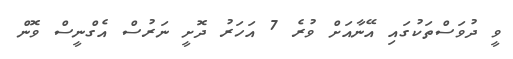
ވީ ދުވަސްތަކުގައި އޭނާއަށް ވުރެ 7 އަހަރު ދޮށީ ނަރުސް އެގްނީސް ވޮން